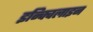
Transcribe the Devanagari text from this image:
इन्क्विलाइन